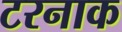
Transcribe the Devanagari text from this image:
टरनाक